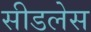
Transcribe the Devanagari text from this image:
सीडलेस